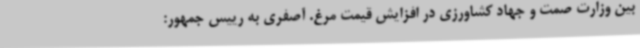
بین وزارت صمت و جهاد کشاورزی در افزایش قیمت مرغ. آصفری به رییس جمهور: